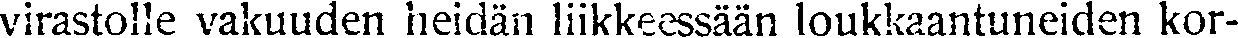
virastolle vakuuden heidän liikkeessään loukkaantuneiden kor-